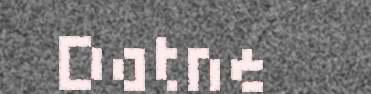
Datne